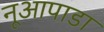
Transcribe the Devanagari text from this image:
नूआपाडा